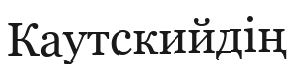
Каутскийдің